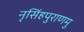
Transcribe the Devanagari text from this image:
नृसिंहपुराणमु